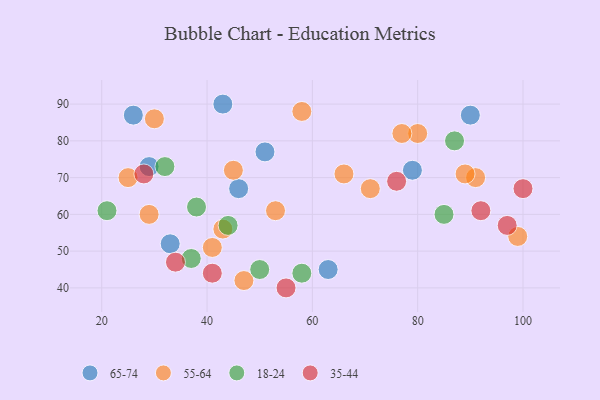
{"axis": {"x": "GDP", "y": "Life Expectancy"}, "legend": ["18-24", "35-44", "55-64", "65-74"], "data": [{"x": "33", "y": 52, "type": "65-74"}, {"x": "90", "y": 87, "type": "65-74"}, {"x": "43", "y": 90, "type": "65-74"}, {"x": "51", "y": 77, "type": "65-74"}, {"x": "46", "y": 67, "type": "65-74"}, {"x": "29", "y": 73, "type": "65-74"}, {"x": "63", "y": 45, "type": "65-74"}, {"x": "26", "y": 87, "type": "65-74"}, {"x": "79", "y": 72, "type": "65-74"}, {"x": "71", "y": 67, "type": "55-64"}, {"x": "80", "y": 82, "type": "55-64"}, {"x": "45", "y": 72, "type": "55-64"}, {"x": "47", "y": 42, "type": "55-64"}, {"x": "66", "y": 71, "type": "55-64"}, {"x": "77", "y": 82, "type": "55-64"}, {"x": "58", "y": 88, "type": "55-64"}, {"x": "53", "y": 61, "type": "55-64"}, {"x": "91", "y": 70, "type": "55-64"}, {"x": "41", "y": 51, "type": "55-64"}, {"x": "30", "y": 86, "type": "55-64"}, {"x": "43", "y": 56, "type": "55-64"}, {"x": "89", "y": 71, "type": "55-64"}, {"x": "25", "y": 70, "type": "55-64"}, {"x": "29", "y": 60, "type": "55-64"}, {"x": "99", "y": 54, "type": "55-64"}, {"x": "44", "y": 57, "type": "18-24"}, {"x": "32", "y": 73, "type": "18-24"}, {"x": "58", "y": 44, "type": "18-24"}, {"x": "38", "y": 62, "type": "18-24"}, {"x": "85", "y": 60, "type": "18-24"}, {"x": "21", "y": 61, "type": "18-24"}, {"x": "87", "y": 80, "type": "18-24"}, {"x": "37", "y": 48, "type": "18-24"}, {"x": "50", "y": 45, "type": "18-24"}, {"x": "28", "y": 71, "type": "35-44"}, {"x": "34", "y": 47, "type": "35-44"}, {"x": "41", "y": 44, "type": "35-44"}, {"x": "92", "y": 61, "type": "35-44"}, {"x": "97", "y": 57, "type": "35-44"}, {"x": "55", "y": 40, "type": "35-44"}, {"x": "100", "y": 67, "type": "35-44"}, {"x": "76", "y": 69, "type": "35-44"}]}